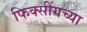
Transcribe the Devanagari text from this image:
फिक्सींगच्या